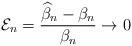
LaTeX: \begin{align*} \mathcal E_n=\frac{\widehat{\beta}_n-\beta_n}{\beta_n} \rightarrow 0\end{align*}